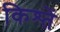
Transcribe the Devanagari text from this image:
किश्तें